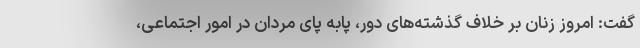
گفت: امروز زنان بر خلاف گذشته‌های دور، پابه پای مردان در امور اجتماعی،